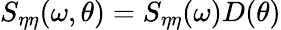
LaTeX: S_{\eta\eta}(\omega,\theta)=S_{\eta\eta}(\omega)D(\theta)